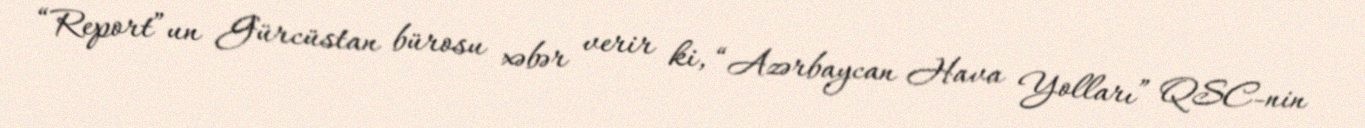
“Report”un Gürcüstan bürosu xəbər verir ki, “Azərbaycan Hava Yolları” QSC-nin